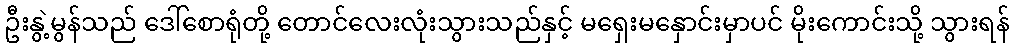
ဦးနွဲ့မွန်သည် ဒေါ်စောရုံတို့ တောင်လေးလုံးသွားသည်နှင့် မရှေးမနှောင်းမှာပင် မိုးကောင်းသို့ သွားရန်